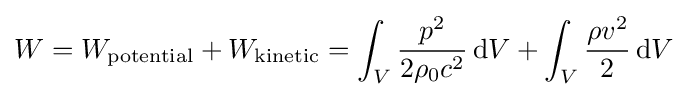
W=W_{\mathrm {potential} }+W_{\mathrm {kinetic} }=\int _{V}{\frac {p^{2}}{2\rho _{0}c^{2}}}\,\mathrm {d} V+\int _{V}{\frac {\rho v^{2}}{2}}\,\mathrm {d} V